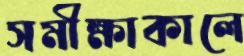
সমীক্ষাকালে